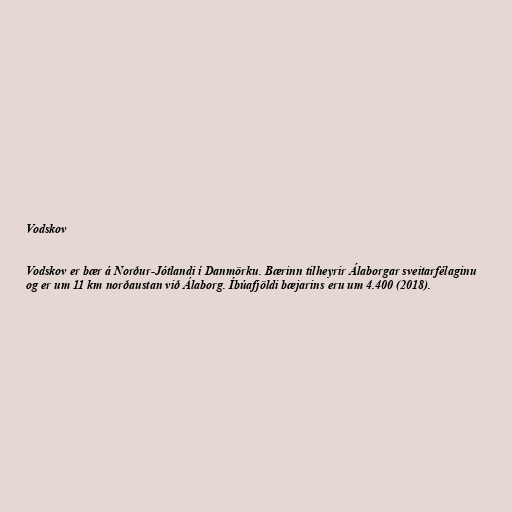
Vodskov

Vodskov er bær á Norður-Jótlandi í Danmörku. Bærinn tilheyrir Álaborgar sveitarfélaginu
og er um 11 km norðaustan við Álaborg. Íbúafjöldi bæjarins eru um 4.400 (2018).